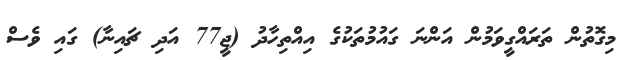
މިގޮތުން ތަރައްގީވަމުން އަންނަ ގައުމުތަކުގެ އިއްތިހާދު (ޖީ77 އަދި ޗައިނާ) ގައި ވެސް